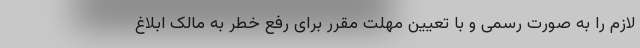
لازم را به‌ صورت رسمی و با تعیین مهلت مقرر برای رفع خطر به مالک ابلاغ